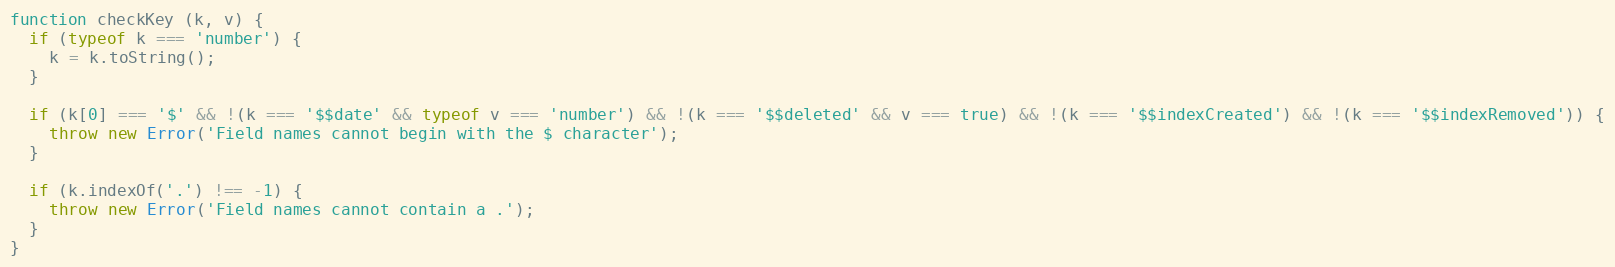
Language: JavaScript
function checkKey (k, v) {
  if (typeof k === 'number') {
    k = k.toString();
  }

  if (k[0] === '$' && !(k === '$$date' && typeof v === 'number') && !(k === '$$deleted' && v === true) && !(k === '$$indexCreated') && !(k === '$$indexRemoved')) {
    throw new Error('Field names cannot begin with the $ character');
  }

  if (k.indexOf('.') !== -1) {
    throw new Error('Field names cannot contain a .');
  }
}